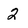
Character: 2